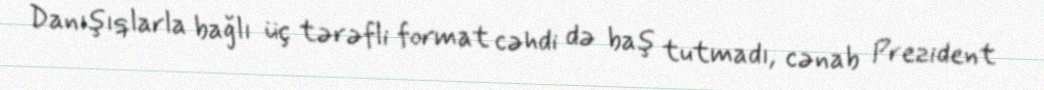
Danışıqlarla bağlı üç tərəfli format cəhdi də baş tutmadı, cənab Prezident